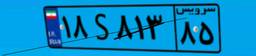
۱۸S۸۱۳۸۵